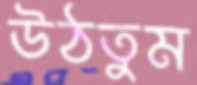
উঠতুম